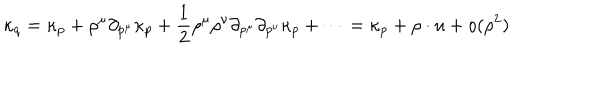
\kappa _ { q } = \kappa _ { p } + \rho ^ { \mu } \partial _ { p ^ { \mu } } \kappa _ { p } + \frac { 1 } { 2 } \rho ^ { \mu } \rho ^ { \nu } \partial _ { p ^ { \mu } } \partial _ { p ^ { \nu } } \kappa _ { p } + \cdots = \kappa _ { p } + \rho \cdot u + o ( \rho ^ { 2 } )